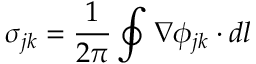
\sigma _ { j k } = \frac { 1 } { 2 \pi } \oint \nabla \phi _ { j k } \cdot d l